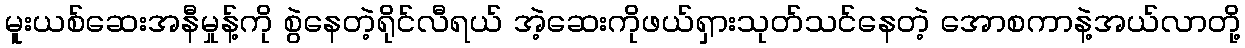
မူးယစ်ဆေးအနီမှုန့်ကို စွဲနေတဲ့ရိုင်လီရယ် အဲ့ဆေးကိုဖယ်ရှားသုတ်သင်နေတဲ့ အောစကာနဲ့အယ်လာတို့